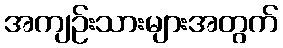
အကျဉ်းသားများအတွက်